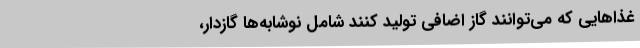
غذا‌هایی که می‌توانند گاز اضافی تولید کنند شامل نوشابه‌ها گازدار،